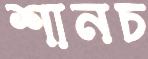
শানচ